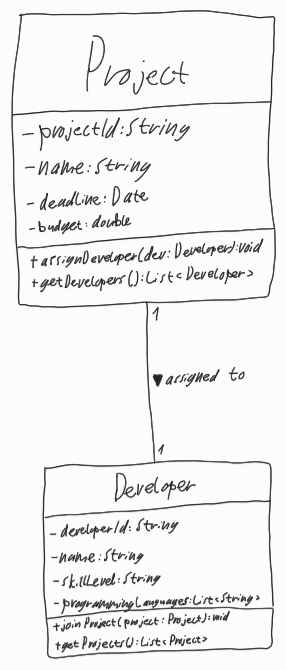
Diagram type: class_diagram
```plantuml
@startuml

class Project {
  - projectId: String
  - name: String
  - deadline: Date
  - budget: double
  + assignDeveloper(dev: Developer): void
  + getDevelopers(): List<Developer>
}

class Developer {
  - developerId: String
  - name: String
  - skillLevel: String
  - programmingLanguages: List<String>
  + joinProject(project: Project): void
  + getProjects(): List<Project>
}

Project "1" -- "1" Developer : assigned to >

@enduml
```